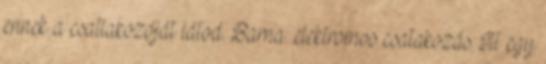
ennek a csatlakozóját látod. Barna: elektromos csatakozás. Itt egy